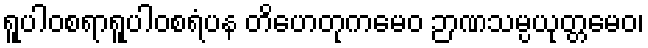
ရူပါဝစရာရူပါဝစရံပန တိဟေတုကမေဝ ဉာဏသမ္ပယုတ္တမေဝ၊